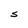
Character: S